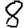
Digit: 8